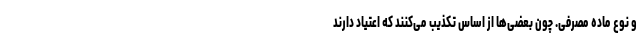
و نوع ماده مصرفی. چون بعضی‌ها از اساس تکذیب می‌کنند که اعتیاد دارند